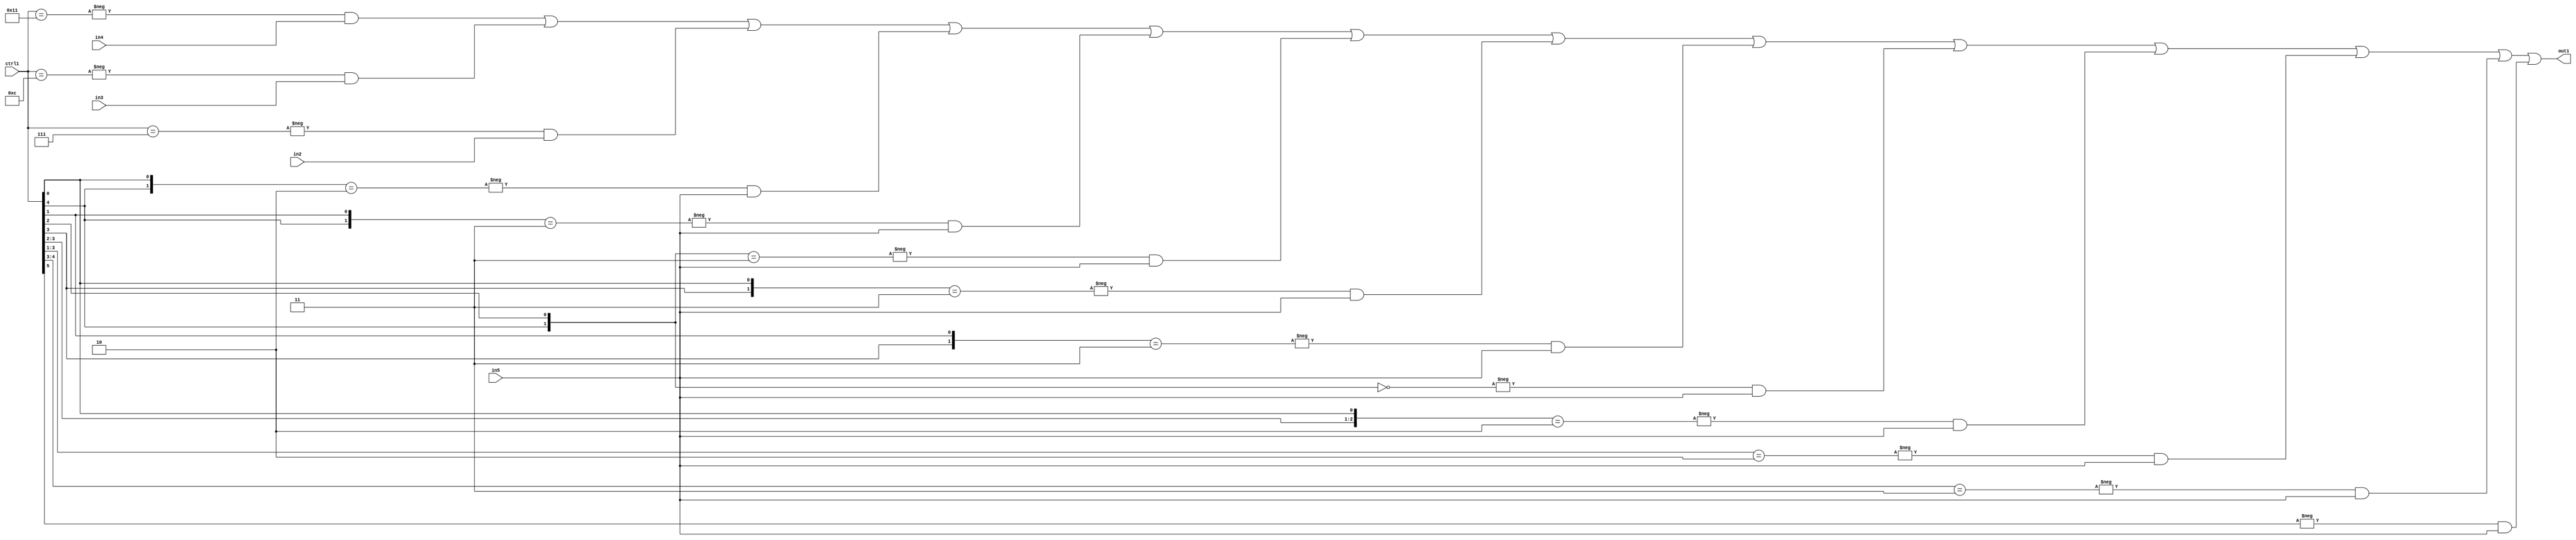
`timescale 1ps / 1ps
/*****************************************************************************
    Verilog RTL Description
    
    
    Created by: Stratus DpOpt 21.05.01 
*******************************************************************************/

module SobelFilter_N_Mux_32_4_47_1 (
	in5,
	in4,
	in3,
	in2,
	ctrl1,
	out1
	); /* architecture "behavioural" */ 
input [31:0] in5;
input [8:0] in4,
	in3,
	in2;
input [5:0] ctrl1;
output [31:0] out1;
wire [31:0] asc001;

assign asc001 = 
	-{ctrl1 == 6'B010001} & in4 |
	-{ctrl1 == 6'B001100} & in3 |
	-{ctrl1 == 6'B000111} & in2 |
	-{{ctrl1[4], ctrl1[0]} == 2'B10} & in5 |
	-{{ctrl1[4], ctrl1[1]} == 2'B11} & in5 |
	-{{ctrl1[4], ctrl1[2]} == 2'B11} & in5 |
	-{{ctrl1[3], ctrl1[0]} == 2'B11} & in5 |
	-{{ctrl1[3], ctrl1[1]} == 2'B11} & in5 |
	-{{ctrl1[4], ctrl1[2]} == 2'B00} & in5 |
	-{{ctrl1[3:2], ctrl1[0]} == 3'B010} & in5 |
	-{ctrl1[3:1] == 3'B010} & in5 |
	-{ctrl1[4:3] == 2'B11} & in5 |
	-{ctrl1[5] == 1'B1} & in5 ;

assign out1 = asc001;
endmodule

/* CADENCE  vLHySgA= : u9/ySxbfrwZIxEzHVQQV8Q== ** DO NOT EDIT THIS LINE ******/